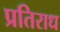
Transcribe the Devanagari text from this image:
प्रतिराध